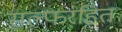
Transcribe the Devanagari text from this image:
सल्फरहित